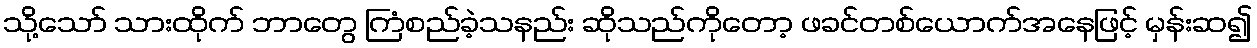
သို့သော် သားထိုက် ဘာတွေ ကြံစည်ခဲ့သနည်း ဆိုသည်ကိုတော့ ဖခင်တစ်ယောက်အနေဖြင့် မှန်းဆ၍